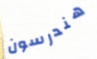
هندرسون